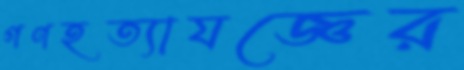
গণহত্যাযজ্ঞের